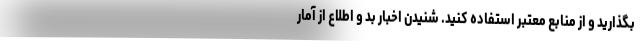
بگذارید و از منابع معتبر استفاده کنید. شنیدن اخبار بد و اطلاع از آمار